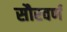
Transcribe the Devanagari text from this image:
सौरवर्ण